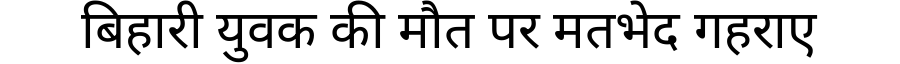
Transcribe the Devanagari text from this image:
बिहारी युवक की मौत पर मतभेद गहराए